Vaccination in Bombay 1874-1876 - 1874-1876
Year: 1874
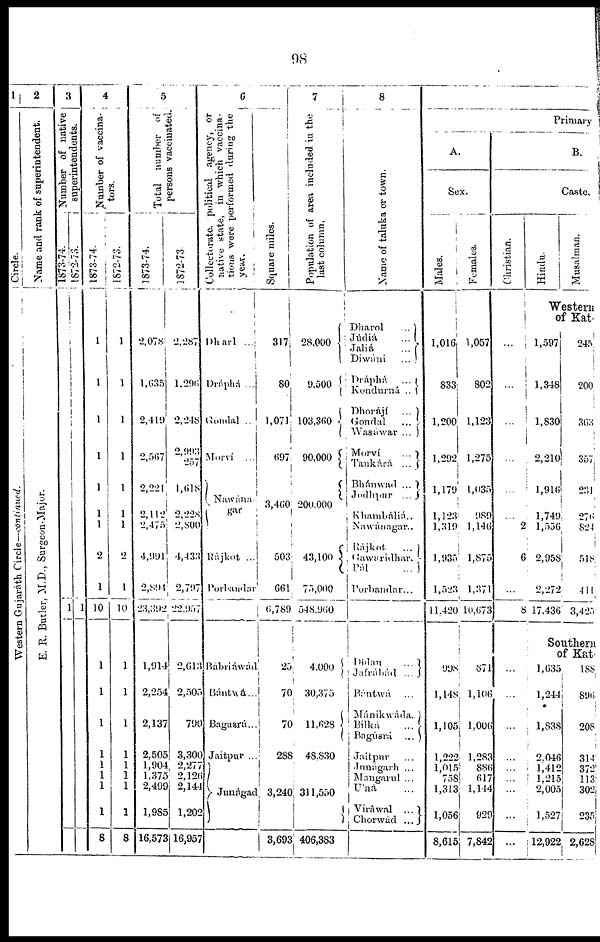
98
1
Circle.
Western Gujaráth Circle—continued.
2
Name and rank of superintendent.
E. R. Butler, M.D., Surgeon-Major.
3
Number of native
superintendents.
1873-74.
1
1872-73.
1
4
Number of vaccina-
tors.
1873-74.
1
1
1
1
1
1
1
2
1
10
1
1
1
1
1
1
1
1
8
1872-73.
1
1
1
1
1
1
1
2
1
10
1
1
1
1
1
1
1
1
8
5
Total number of
persons vaccinated.
1873-74.
2,078
1,635
2,419
2,567
2,221
2,112
2,475
4,991
2,894
23,392
1,914
2,254
2,137
2,505
1,904
1,375
2,499
1,985
16,573
1872-73.
2,287
1,296
2,248
2,993
257
l,618
2,228
2,800
4,433
2,797
22,957
2,613
2,505
790
3,300
2,277
2,126
2,144
1,202
16,957
6
Collectorate. political agency, or
native state, in which vaccina-
tions were performed during the
Dharl ...
Dráphá ...
Gondal ..
Morvi ...
Nawána
gar
Rájkot ...
Porbandar
Bábriáwad
Bántwá...
Bagusrá...
Jaitpur ..
Junágad
Square miles.
317
80
1,071
697
3,460
503
661
6,789
25
70
70
288
3,240
3,693
7
Population of area included in the
last column.
28,000
9,500
103,360
90,000
20,000
43,100
75,000
548,960
4,000
30,375
11,628
48,830
311,550
406,383
8
Name of taluka or town.
Dharol
...
Júdiá
...
Jaliá
...
Diwáni
...
Dráphá
...
Kondurná ..
Dhorájí
...
Gondal
...
Wasáwar ...
Morvi
...
Tankárá ...
Bhánwad ...
Jodhpur ...
Khambáliá..
Nawánagar..
Rájkot
...
Gawaridhar.
Pál
...
Porbandar...
Didan
...
Jafrábád
...
Bántwá
...
Mánikwáda.
Bilka
...
Bngúsrá
...
Jaitpur ...
Jnnágarh ...
Mangarul ...
'Uná ...
Viráwal ...
Chorwád ...
Primary
A.
Sex.
Males.
1,016
833
1,200
1,292,
1,179
1,123
1,319
1,935
1,523
11,420
Females.
1,057
802
1,123
1,275
1,035
989
1,146
1,875
1,371
l0,673
998
1,148
1,105
1,222
1,015
758
1,313
1,056
8,615
871
l,l06
1,006
1,283
886
617
1,144
929
7,842
B.
Caste,
Christian.
Hindu.
Musalman.
Western
of Kat-
...
...
...
...
...
...
2
6
...
8
1,597
1,348
1,830
2,210
1,916
1,749
1,556
2,958
2 272
17,436
245
200
363
357
231
276
824
51
411
3,425
Southern
of Kat-
...
...
...
...
...
...
...
...
...
1,635
1,244
1,838
2,046
1,412
1,215
2,005
1,527
12,922
188
896
208
314
372
113
302
235
2,628